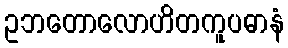
ဥဘတောလောဟိတကူပဓာနံ